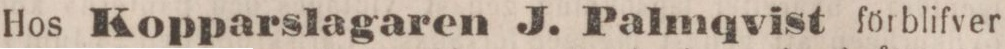
Hos Kopparslagaren J. Palmqvist förblifver